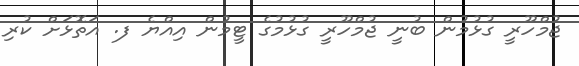
ޖުމްހޫރީ ގުޅުމުން ބުނީ ޖުމްހޫރީ ގުޅުމުގެ ޓީމުން އިއްޔެ ފ. އަތޮޅަށް ކުރި